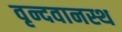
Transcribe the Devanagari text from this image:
वृन्दवानस्थ